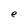
Character: e